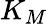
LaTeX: K_{M}